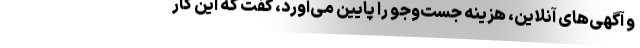
و آگهی‌های آنلاین، هزینه جست‌وجو را پایین می‌آورد، گفت که این کار